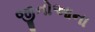
જીનોઆના